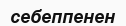
себеппенен